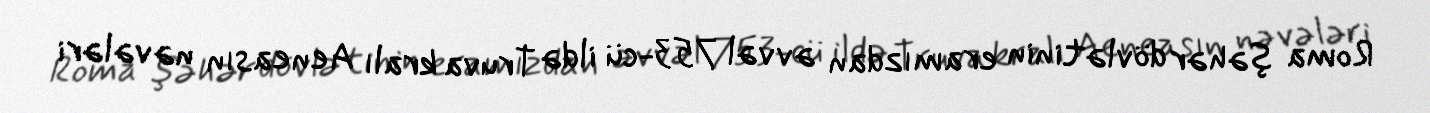
Roma şəhər dövlətinin eramızdan əvvəl 753-cü ildə Truva kralı Aeneasın nəvələri